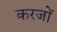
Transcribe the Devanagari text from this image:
करजों